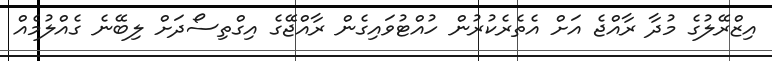
އިޒްރޭލުގެ މުދާ ރާއްޖެ އަށް އެތެރެކުރުން ހުއްޓުވައިގެން ރާއްޖޭގެ އިގްތިސޯދަށް ލިބޭނެ ގެއްލުމެއް